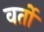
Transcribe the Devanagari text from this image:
वर्तो